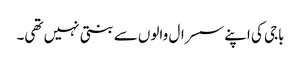
باجی کی اپنے سسرال والوں سے بنتی نہیں تھی۔